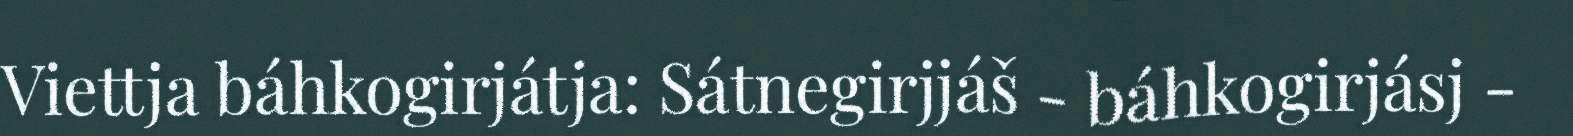
Viettja báhkogirjátja: Sátnegirjjáš - báhkogirjásj -